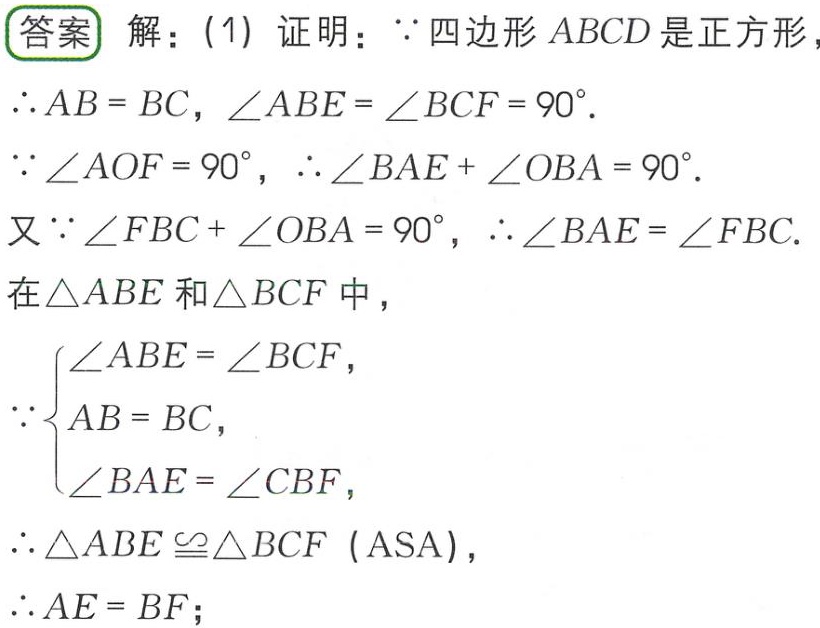
答案 解：(1) 证明：$\because$ 四边形 $ABCD$ 是正方形，
$\therefore AB = BC$，$\angle ABE=\angle BCF = 90^{\circ}$.
$\because\angle AOF = 90^{\circ}$，$\therefore\angle BAE+\angle OBA = 90^{\circ}$.
又 $\because\angle FBC+\angle OBA = 90^{\circ}$，$\therefore\angle BAE=\angle FBC$.
在 $\triangle ABE$ 和 $\triangle BCF$ 中，
$\because\left\{\begin{array}{l}
\angle ABE=\angle BCF,\\
AB = BC,\\
\angle BAE=\angle CBF,
\end{array}\right.$
$\therefore\triangle ABE\cong\triangle BCF$ (ASA)，
$\therefore AE = BF$；